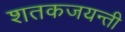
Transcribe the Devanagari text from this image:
शतकजयन्ती